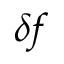
\delta f